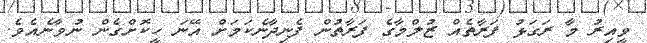
ވީއިރު މާ ރަގަޅު ފަރާތެއް ޒުލްމާގެ ފަރާތުން ފެނިދާނެކަމަށް އޭނަ ހީކޮށްގެން ނުވާނެއެވެ.